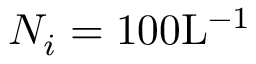
N _ { i } = 1 0 0 \mathrm { L } ^ { - 1 }